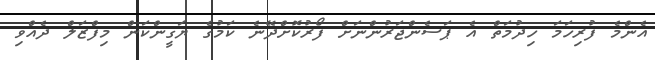
އެންމެ ފުރިހަމަ ހިދުމަތް އެ ޕަސެންޖަރުންނަށް ފޯރުކޮށްދޭނެ ކަމުގެ ޔަގީންކަން މިފްޒަލް ދެއްވި